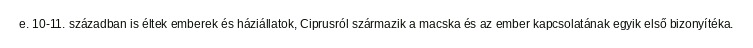
e. 10-11. században is éltek emberek és háziállatok, Ciprusról származik a macska és az ember kapcsolatának egyik első bizonyítéka.